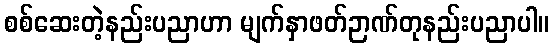
စစ်ဆေးတဲ့နည်းပညာဟာ မျက်နှာဖတ်ဉာဏ်တုနည်းပညာပါ။